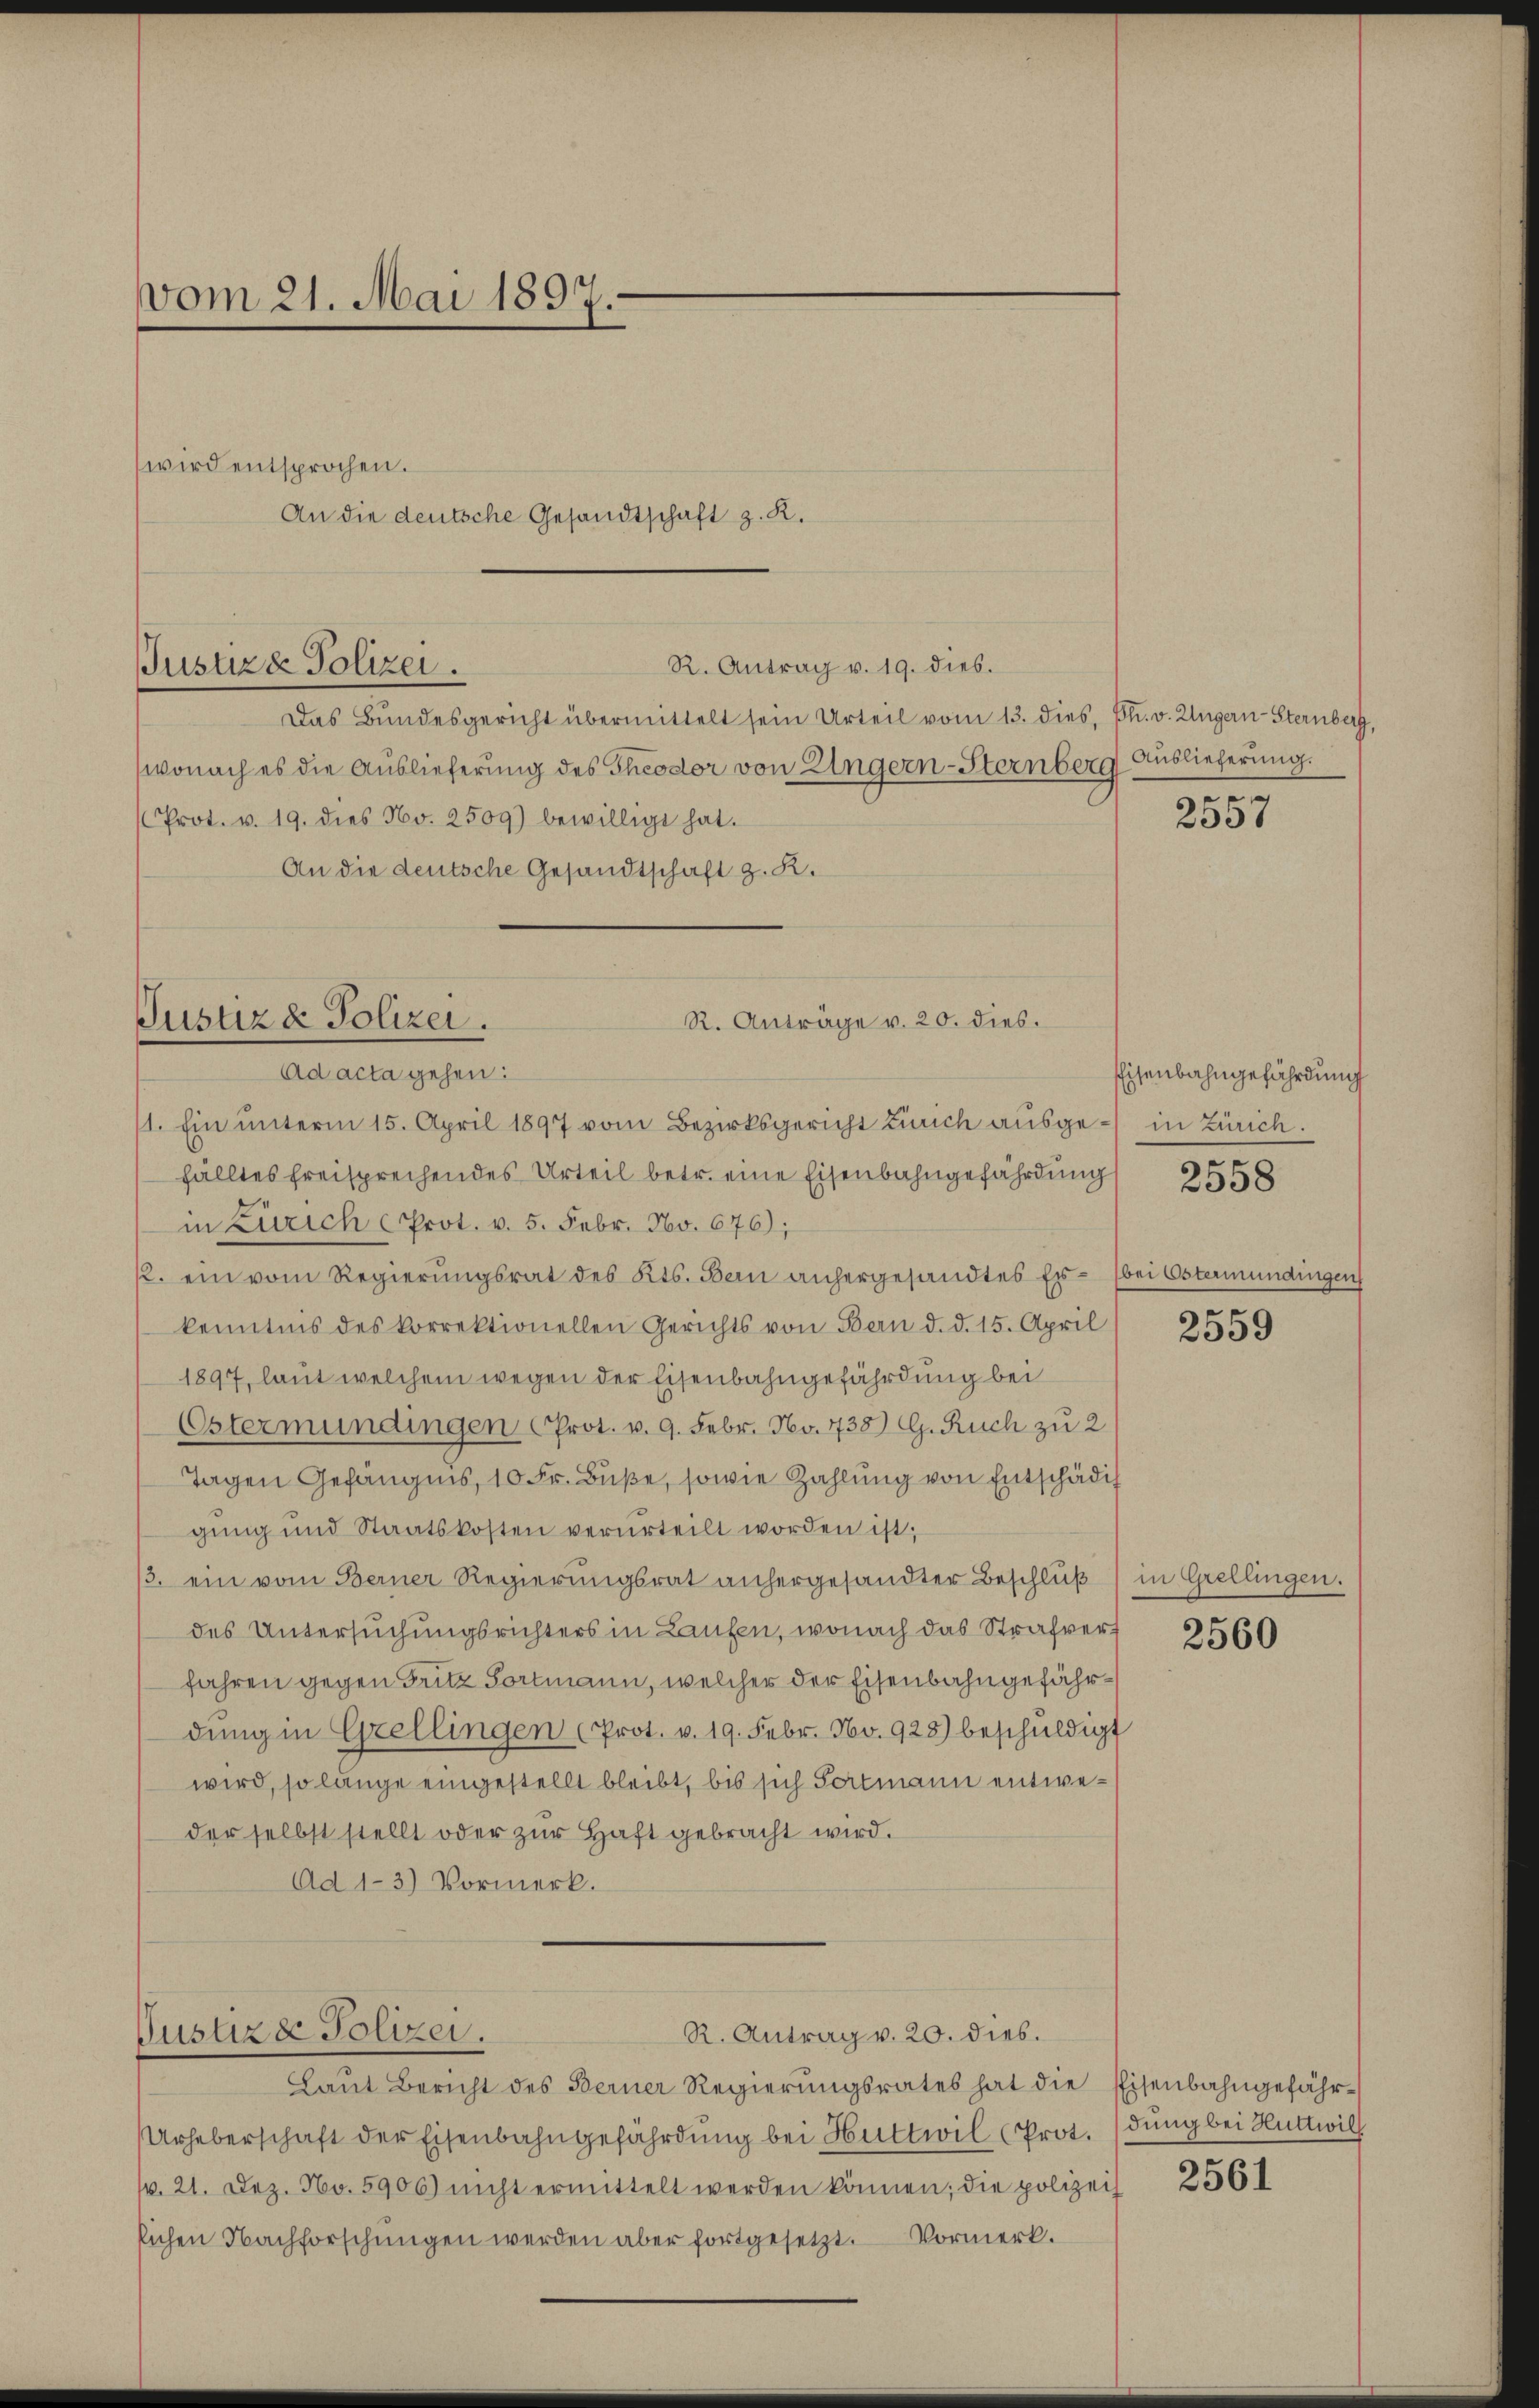
vom 21. Mai 1897.

Justiz & Polizei.

Justiz & Polizei.
R. Anträge v. 20. dies.
Ad acta gehen:

Justizde Polizei.

wird entsprochen.
An die deutsche Gesandtschaft z. K.

R. Antrag v. 19. dies.
Das Bundesgericht übermittelt sein Urteil vom 13. dies, Ph. v. Ungern-Sternberg,
wonach es die Auslieferung des Theodor von Ungern-Sternberg Auslieferung.
Prot. v. 19. dies No. 2509) bewilligt hat.
An die deutsche Gesandtschaft z. R.

1. Ein unterm 15. April 1897 vom Bezirksgericht Zürich ausgefälltes freisprechendes Urteil betr. eine Eisenbahngefährdung
in Zürich Prot. v. 5. Febr. Nov. 676);
k. ein vom Regierŭngsrat des Kts. Bern anhergesandtes Er- bei Ostermündingen
kenntnis des korrektionellen Gerichts von Bern d. d. 15. April
1897, laut welchem wegen der Eisenbahngefährdung bei
Ostermündingen Prot. v. 9. Febr. No. 738) G. Ruch zu 2
Tagen Gefängnis, 10 Fr. Buße, sowie Zahlung von Entschädig
gung und Staatskosten verurteilt worden ist;
3. ein vom Berner Regierungsrat anhergesandter Beschluß
des Untersuchungsrichters in Laufen, wonach das Strafvert
fahren gegen Fritz Fortmann, welcher der Eisenbahngefährding in Grellingen (Prot. v. 19. Febr. No. 928) beschuldigt
wird, so länge eingestellt bleibt, bis sich Portmann entweder selbst stellt oder zŭr Haft gebracht wird.
Ad 1-3) Vormerk.

Laut Bericht des Berner Regierungsrates hat die Eisenbahngefähr¬
Urheberschaft der Eisenbahngefährdung bei Huttwil (Prot. (dung bei Huttwill
1. 21. Dez. No. 5906) nicht ermittelt werden können; die polizei
lichen Nachforschŭngen werden aber fortgesetzt. Vormerk.

R. Antrag v. 20. dies.

e

2557

Eisenbahngefährdung
in Zürich.
2558

2559

in Grellingen.

2560

2561